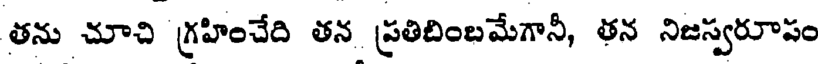
తను చూచి గ్రహించేది తన ప్రతిబింబమేగానీ, తన నిజస్వరూపం